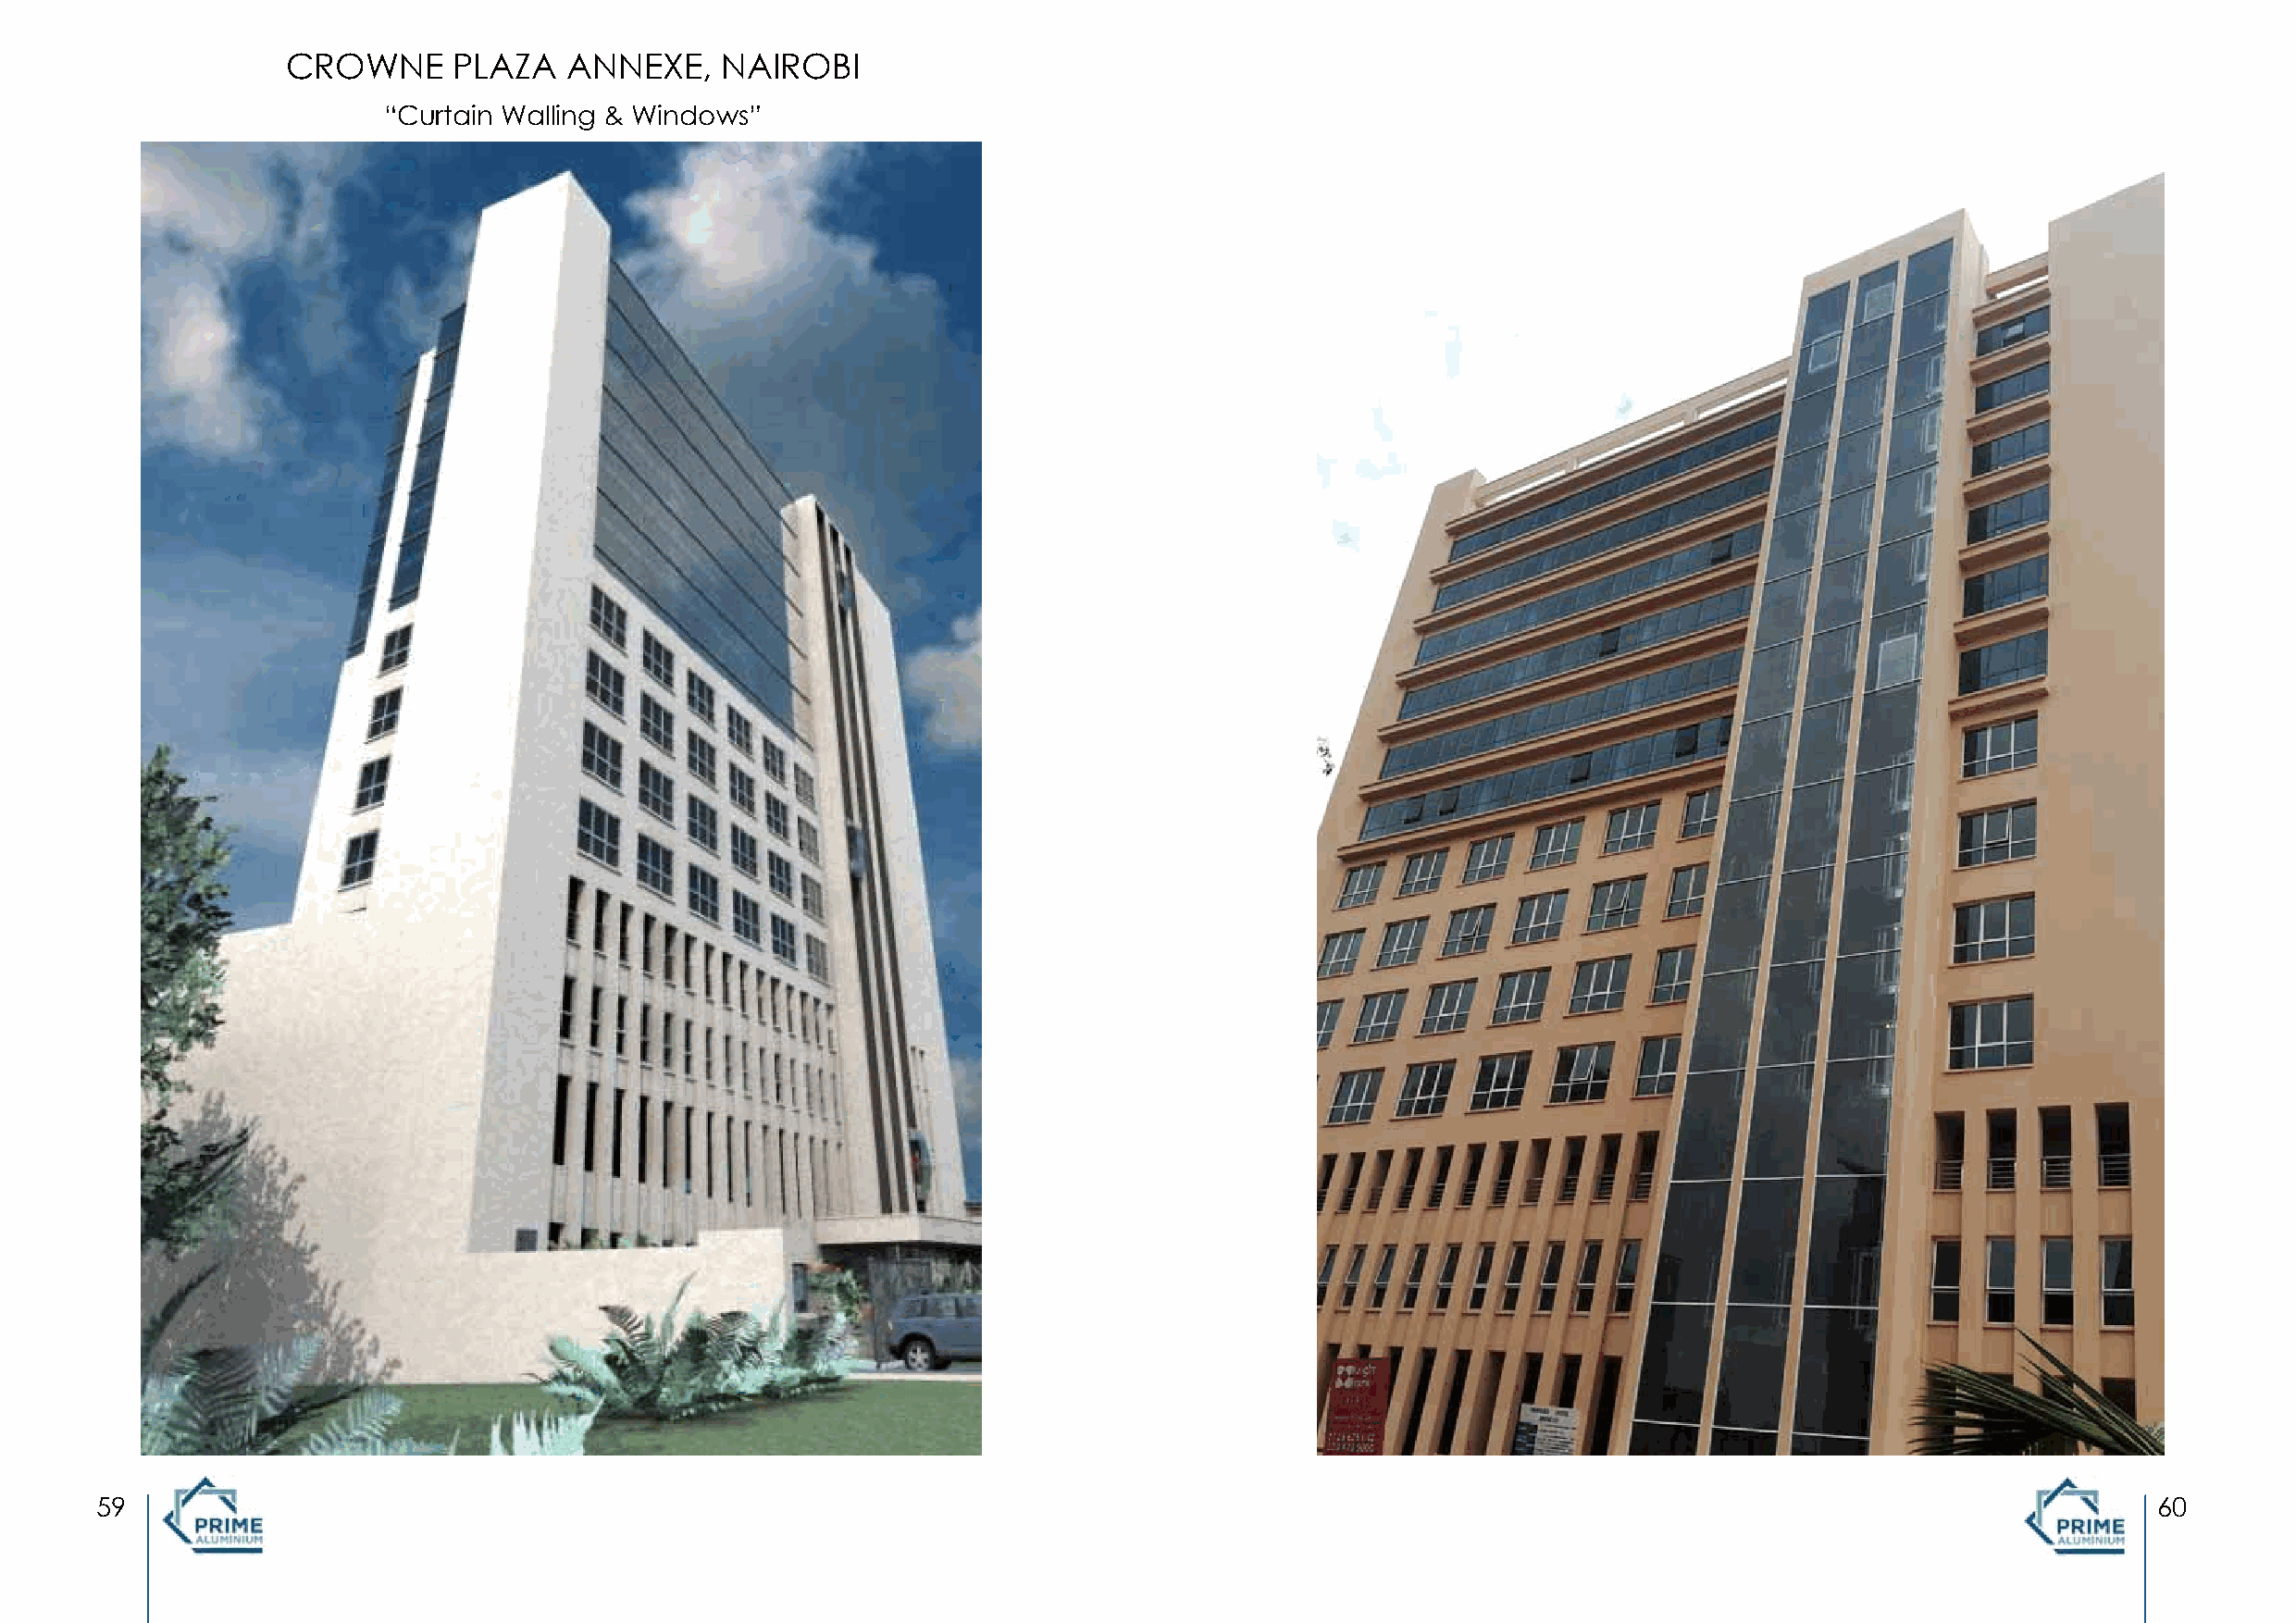
CROWNE      PLAZA    ANNEXE,    NAIROBI
 “Curtain Walling & Windows”
 59                                                                                                                                                 60